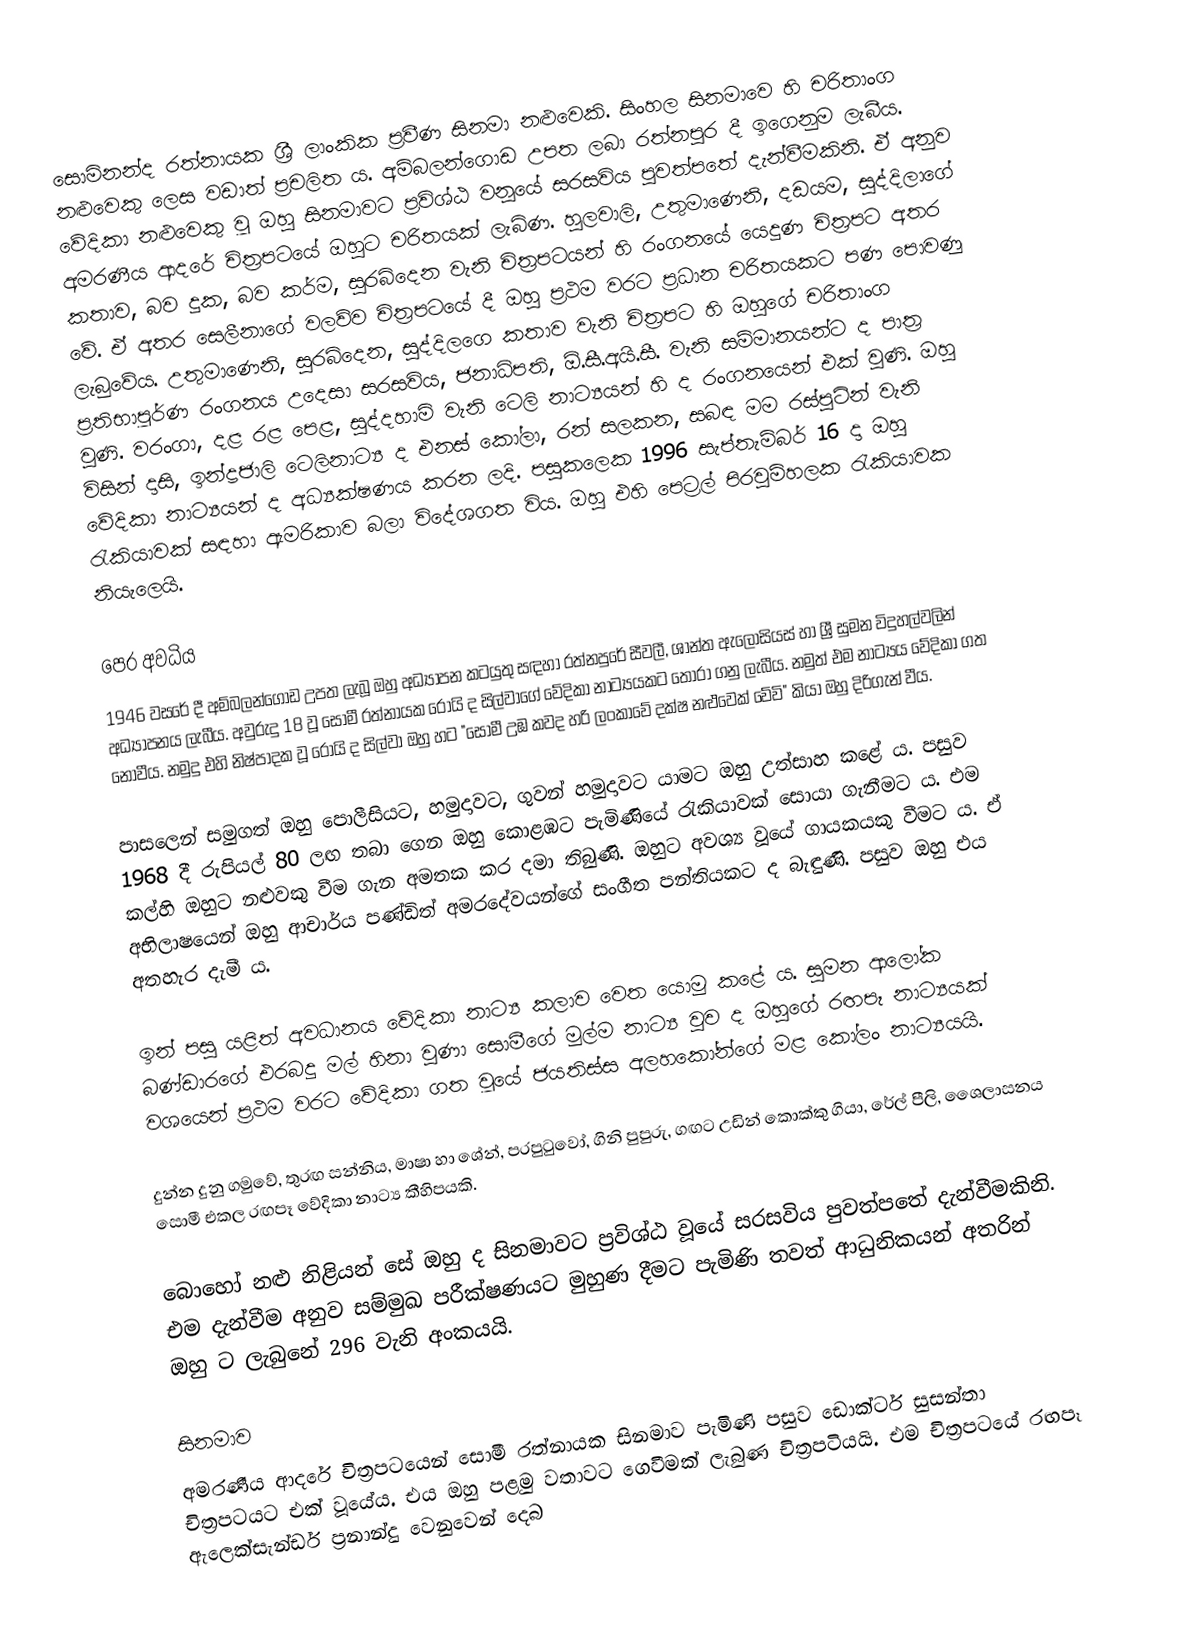
සොමිනන්ද රත්නායක ශ්‍රී ලාංකික ප්‍රවීණ සිනමා නළුවෙකි. සිංහල සිනමාවෙ හි චරිතාංග නළුවෙකු ලෙස වඩාත් ප්‍රචලිත ය. අම්බලන්ගොඩ උපත ලබා රත්නපුර දී ඉගෙනුම ලැබීය. වේදිකා නළුවෙකු වූ ඔහු සිනමාවට ප්‍රවිශ්ඨ වනූයේ සරසවිය පුවත්පතේ දැන්වීමකිනි. ඒ අනුව අමරණීය ආදරේ චිත්‍රපටයේ ඔහුට චරිතයක් ලැබිණ. හුලවාලි, උතුමාණෙනි, දඩයම, සුද්දිලාගේ කතාව, බව දුක, බව කර්ම, සුරබිදෙන වැනි චිත්‍රපටයන් හි රංගනයේ යෙදුණ චිත්‍රපට අතර වේ. ඒ අතර සෙලීනාගේ වලව්ව චිත්‍රපටයේ දී ඔහු ප්‍රථම වරට ප්‍රධාන චරිතයකට පණ පොවණු ලැබුවේය. උතුමාණෙනි, සුරබිදෙන, සුද්දිලගෙ කතාව වැනි චිත්‍රපට හි ඔහුගේ චරිතාංග ප්‍රතිභාපූර්ණ රංගනය උදෙසා සරසවිය, ජනාධිපති, ඕ.සී.අයි.සී. වැනි සම්මානයන්ට ද පාත්‍ර වුණි. වරංගා, දළ රළ පෙළ, සුද්දහාමි වැනි ටෙලි නාට්‍යයන් හි ද රංගනයෙන් එක් වුණි. ඔහු විසින් දාසි, ඉන්ද්‍රජාලි ටෙලිනාට්‍ය ද එනස්‌ කෝලා, රන් සලකන, සබඳ මම රස්‌පුටින් වැනි වේදිකා නාට්‍යයන් ද අධ්‍යක්ෂණය කරන ලදි. පසුකලෙක 1996 සැප්තැම්බර් 16 දා ඔහු රැකියාවක් සඳහා ඇමරිකාව බලා විදේශගත විය. ඔහු එහි පෙට්‍රල් පිරවුම්හලක රැකියාවක නියැලෙයි.

පෙර අවධිය
1946 වසරේ දී අම්බලන්ගොඩ උපත ලැබූ ඔහු අධ්‍යාපන කටයුතු සඳහා රත්නපුරේ සීවලී, ශාන්ත ඇලෝසියස් හා ශ්‍රී සුමන විදුහල්වලින් අධ්‍යාපනය ලැබීය. අවුරුදු 18 වූ සොමී රත්නායක රෝයි ද සිල්වාගේ වේදිකා නාට්‍යයකට තෝරා ගනු ලැබීය. නමුත් එම නාට්‍යය වේදිකා ගත නොවීය. නමුදු එහි නිෂ්පාදක වූ රෝයි ද සිල්වා ඔහු හට "සොමී උඹ කවද හරි ලංකාවේ දක්ෂ නළුවෙක් වේවි" කියා ඔහු දිරිගැන් වීය.

පාසලෙන් සමුගත් ඔහු පොලීසියට, හමුදාවට, ගුවන් හමුදාවට යාමට ඔහු උත්සාහ කළේ ය. පසුව 1968 දී රුපියල් 80 ලඟ තබා ගෙන ඔහු කොළඹට පැමිණියේ රැකියාවක් සොයා ගැනීමට ය. එම කල්හි ඔහුට නළුවකු වීම ගැන අමතක කර දමා තිබුණි. ඔහුට අවශ්‍ය වූයේ ගායකයකු වීමට ය. ඒ අභිලාෂයෙන් ඔහු ආචාර්ය පණ්ඩිත් අමරදේවයන්ගේ සංගීත පන්තියකට ද බැඳුණි. පසුව ඔහු එය අතහැර දැමී ය.

ඉන් පසු යළිත් අවධානය වේදිකා නාට්‍ය කලාව වෙත යොමු කළේ ය. සුමන ආලෝක බණ්ඩාරගේ එරබදු මල් හිනා වුණා සොමීගේ මුල්ම නාට්‍ය වුව ද ඔහුගේ රඟපෑ නාට්‍යයක් වශයෙන් ප්‍රථම වරට වේදිකා ගත වූයේ ජයතිස්ස අලහකෝන්ගේ මළ කෝලං නාට්‍යයයි.

දුන්න දුනු ගමුවේ, තුරඟ සන්නිය, මාෂා හා ශේන්, පරපුටුවෝ, ගිනි පුපුරු, ගඟට උඩින් කොක්කු ගියා, රේල් පීලි, ශෛලාසනය සොමී එකල රඟපෑ වේදිකා නාට්‍ය කීහිපයකි.

බොහෝ නළු නිළියන් සේ ඔහු ද සිනමාවට ප්‍රවිශ්ඨ වූයේ සරසවිය පුවත්පතේ දැන්වීමකිනි. එම දැන්වීම අනුව සම්මුඛ පරීක්ෂණයට මුහුණ දීමට පැමිණි තවත් ආධුනිකයන් අතරින් ඔහු ට ලැබුනේ 296 වැනි අංකයයි.

සිනමාව
අමරණීය ආදරේ චිත්‍රපටයෙන් සොමී රත්නායක සිනමාව පැමිණි පසුව ඩොක්ටර් සුසන්තා චිත්‍රපටයට එක් වූයේය. එය ඔහු පළමු වතාවට ගෙවීමක් ලැබුණ චිත්‍රපටියයි. එම චිත්‍රපටයේ රඟපෑ ඇලෙක්සැන්ඩර් ප්‍රනාන්දු වෙනුවෙන් දෙබ